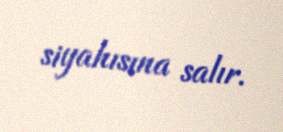
siyahısına salır.